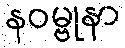
နဝမ္ဗုနာ